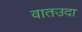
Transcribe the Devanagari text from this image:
वातउदा